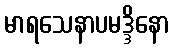
မာရသေနာပမဒ္ဒိနော